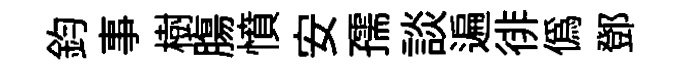
鈞事樹膓憤安孺談遍徘偽鄧